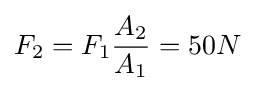
F_{2}=F_{1}{\frac {A_{2}}{A_{1}}}=50N